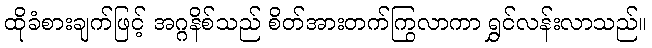
ထိုခံစားချက်ဖြင့် အဂ္ဂနိစ်သည် စိတ်အားတက်ကြွလာကာ ရွှင်လန်းလာသည်။